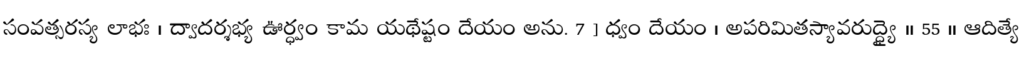
సంవత్సరస్య లాభః । ద్వాదర్శభ్య ఊర్ధ్వం కామ యథేష్టం దేయం అను. 7 ] ధ్వం దేయం । అపరిమితస్యావరుద్ధ్యై ॥ 55 ॥ ఆదిత్యే